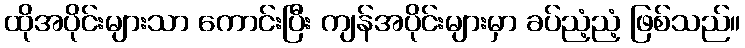
ထိုအပိုင်းများသာ ကောင်းပြီး ကျန်အပိုင်းများမှာ ခပ်ညံ့ညံ့ ဖြစ်သည်။